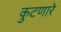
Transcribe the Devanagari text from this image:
कुटणारे